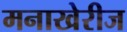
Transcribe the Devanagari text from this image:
मनाखेरीज